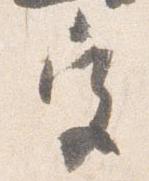
宮